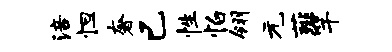
涪怛奢已性怕翎元薤竿